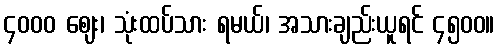
၄၀၀၀ ဈေး၊ သုံးထပ်သား ရမယ်၊ အသားချည်းယူရင် ၄၅၀၀။